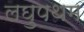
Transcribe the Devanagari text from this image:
लघुपथम